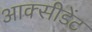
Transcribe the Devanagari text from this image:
आक्सीडेंट